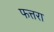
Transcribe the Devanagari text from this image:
फत्तरा